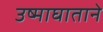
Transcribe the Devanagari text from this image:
उष्माघाताने